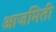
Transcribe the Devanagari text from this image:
आजमिती